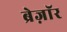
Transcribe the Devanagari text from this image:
ब्रेज़ाॅर